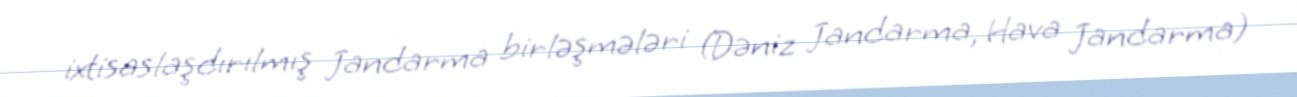
ixtisaslaşdırılmış Jandarma birləşmələri (Dəniz Jandarma, Hava Jandarma)